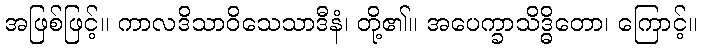
အဖြစ်ဖြင့်။ ကာလဒိသာဝိသေသာဒီနံ၊ တို့၏။ အပေက္ခာသိဒ္ဓိတော၊ ကြောင့်။